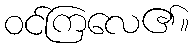
ဝင်ကြလေ၏။